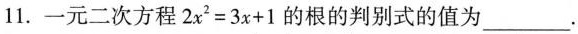
11. 一元二次方程$$2 x ^ { 2 } = 3 x + 1$$的根的判别式的值为___.